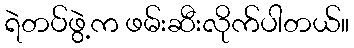
ရဲတပ်ဖွဲ့က ဖမ်းဆီးလိုက်ပါတယ်။